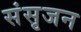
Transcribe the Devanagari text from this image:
संसृजन